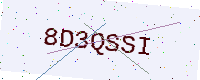
Text: 8D3QSSI